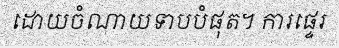
ដោយចំណាយទាបបំផុត។ ការផ្ទេរ